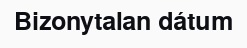
Bizonytalan dátum